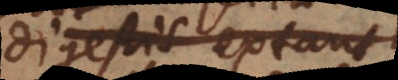
Digestis extant